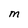
Character: M